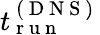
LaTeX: t_{\mathrm{~r~u~n~}}^{\mathrm{~(~D~N~S~)~}}